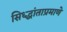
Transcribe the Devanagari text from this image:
सिध्द्धांताप्रमाणे